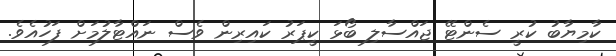
ކާމިޔާބު ކުރީ ސެންޓޭ ޖައްސާލި ބޯޅަ ކީޕަރު ކައިރިން ވެސް ނައްޓާލުމަށް ފަހުއެވެ.